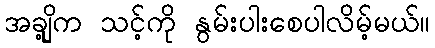
အချို့က သင့်ကို နွမ်းပါးစေပါလိမ့်မယ်။